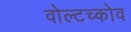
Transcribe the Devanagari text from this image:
वोल्टच्कोव